Bréfritari: Jóhannes Halldórsson
Dagsetning: A-1876-06-08
Skrifað á: Vesturheimi

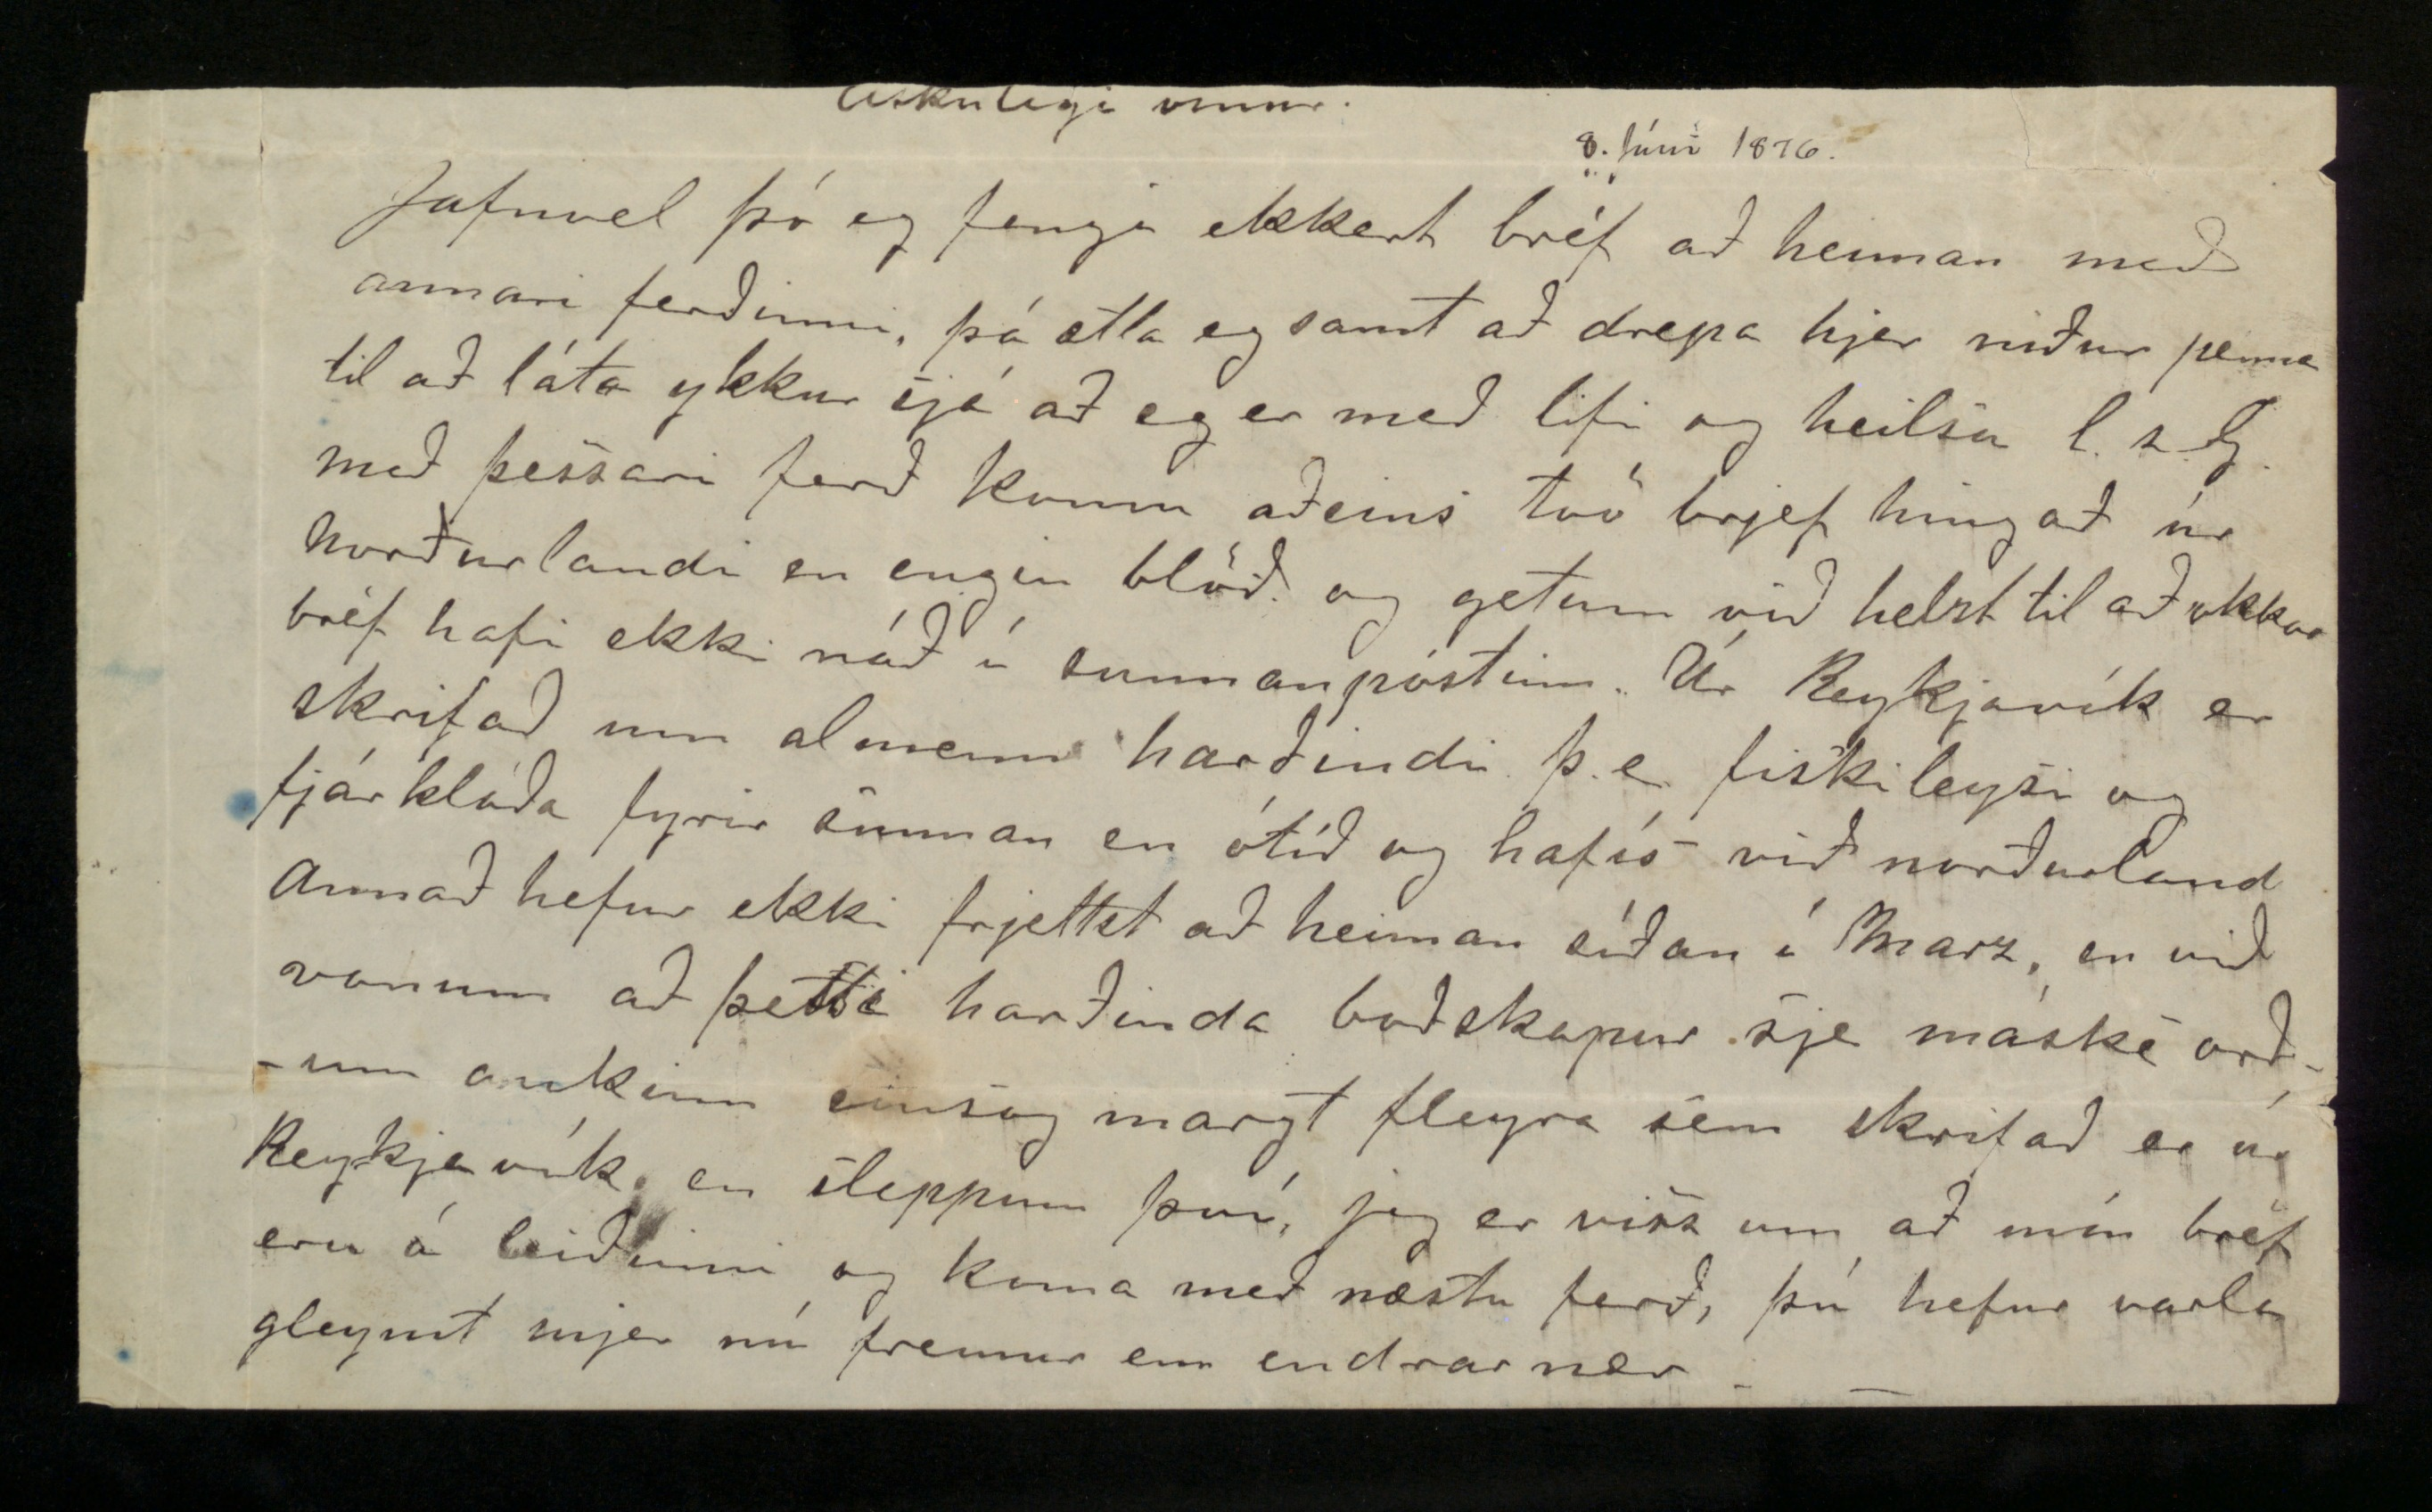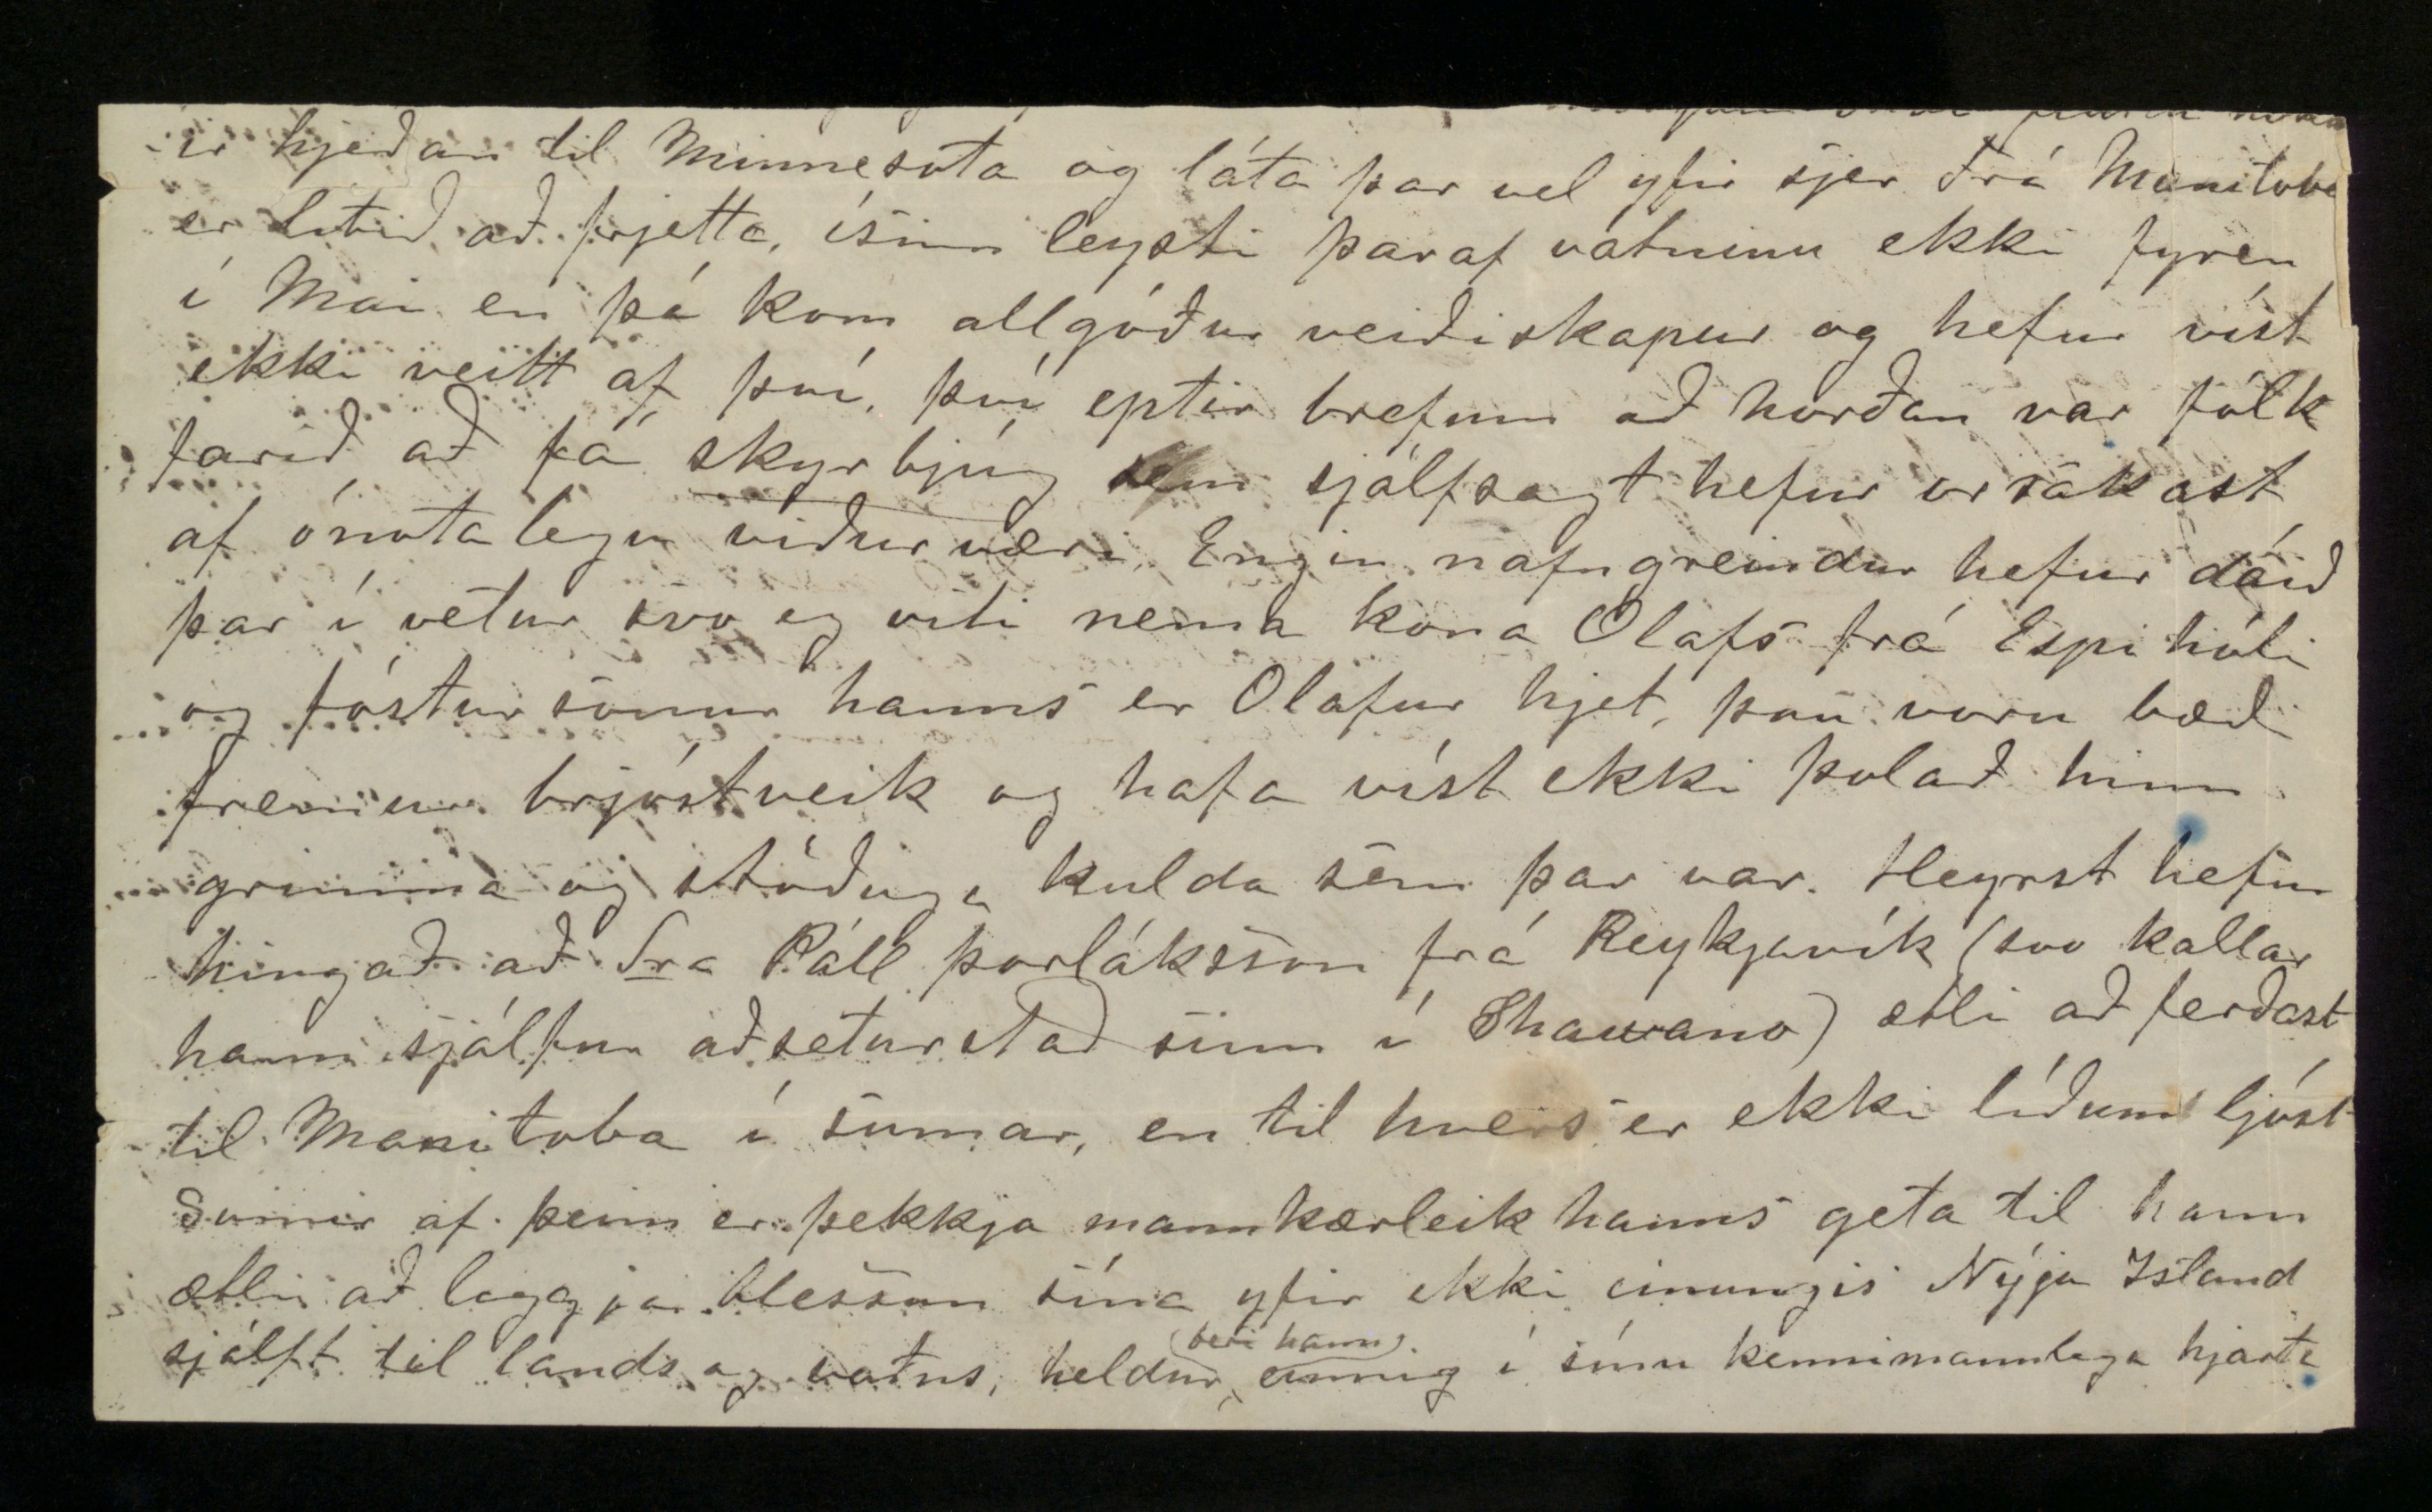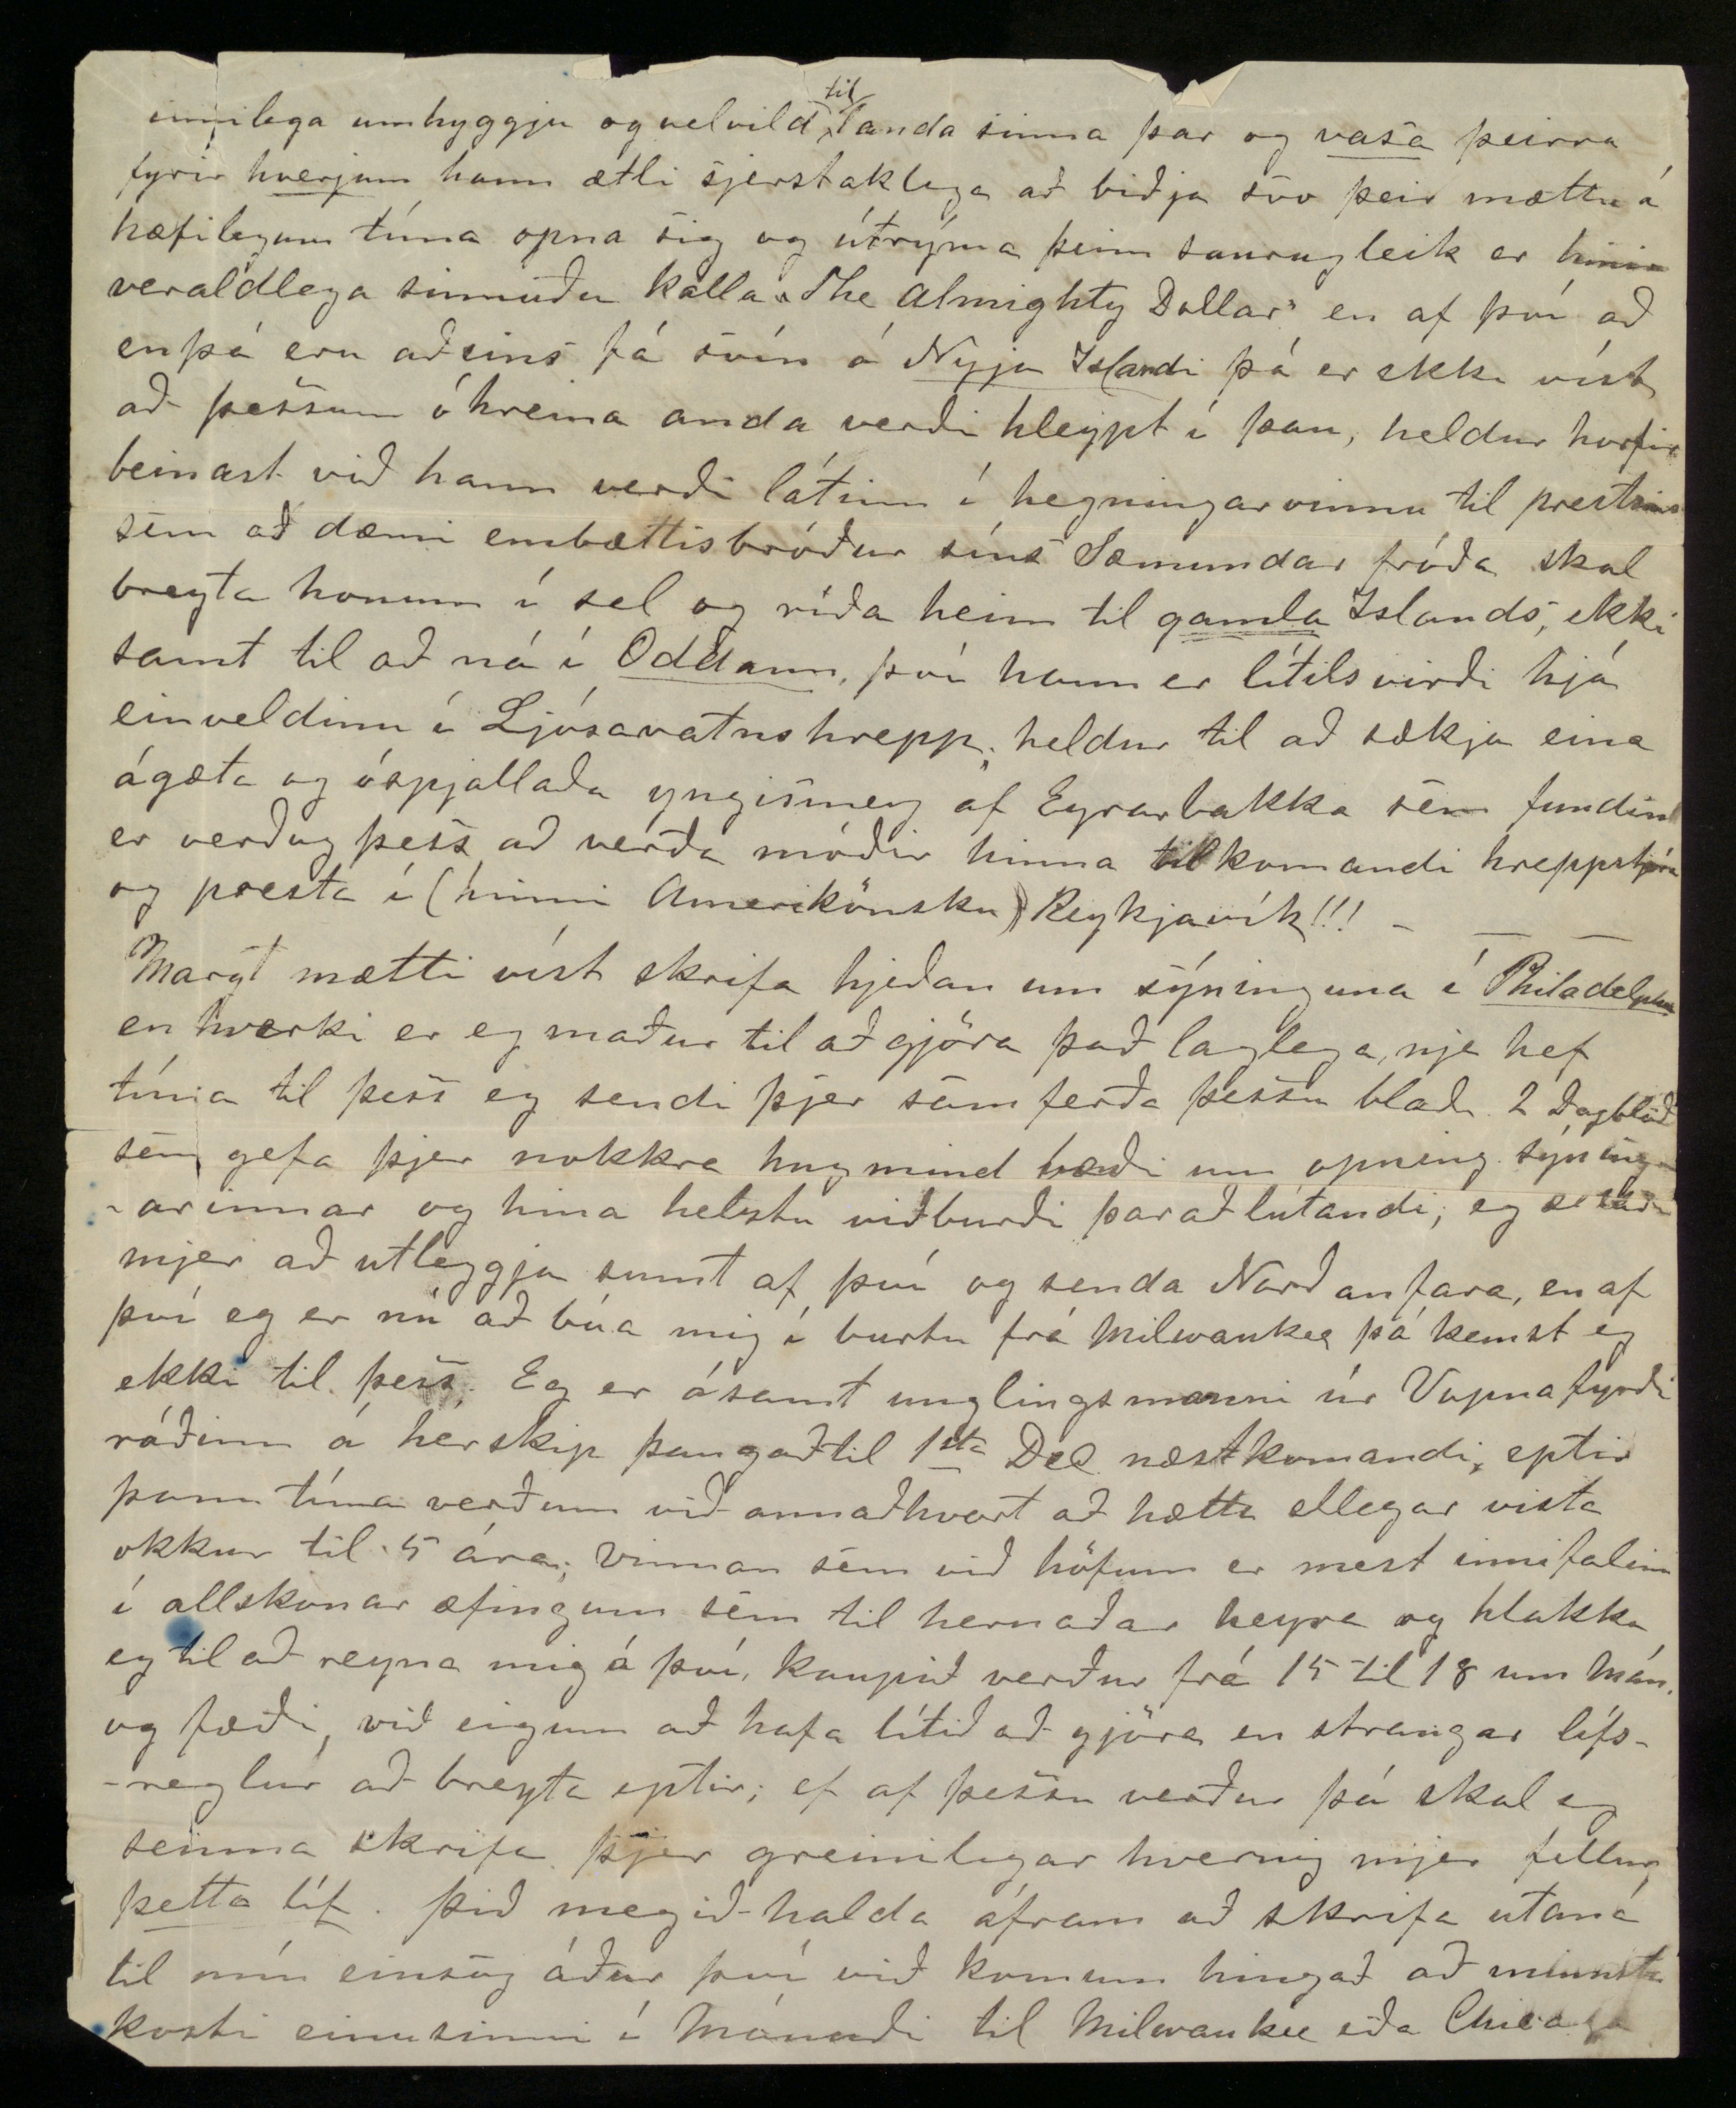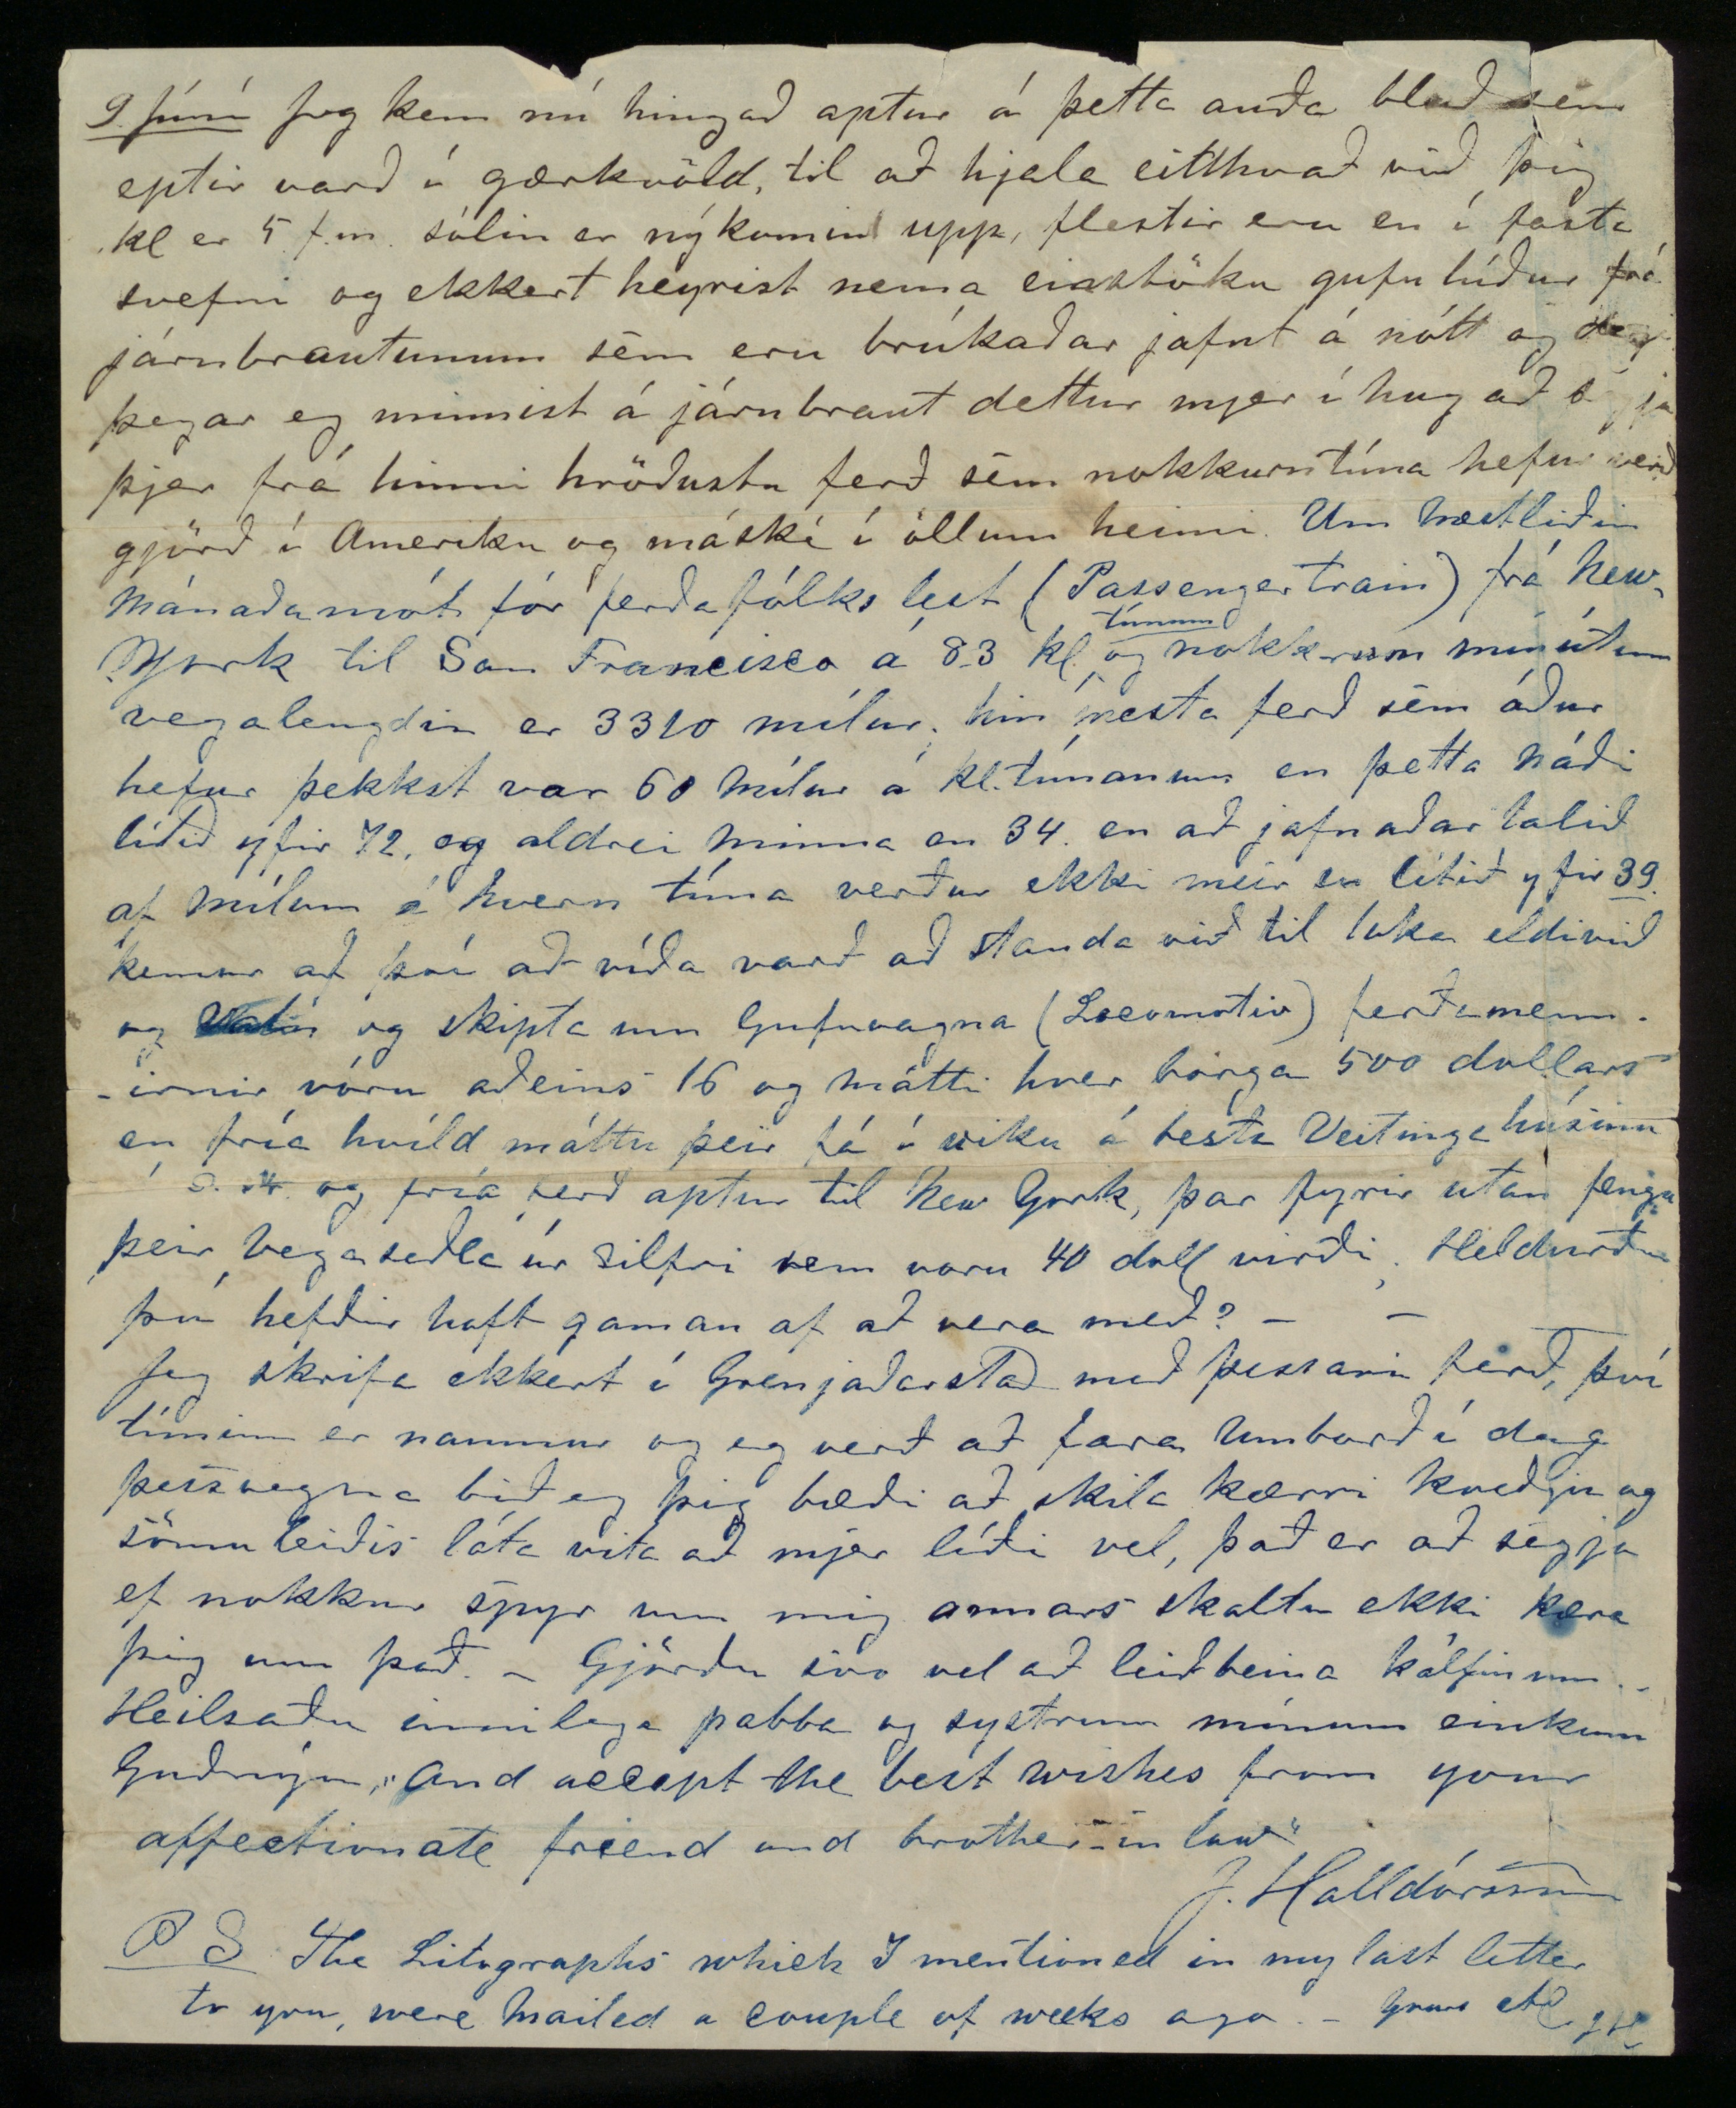

Elskulegi vinur.
Jafnvel þó eg fengi ekkert bréf að heiman með annari ferðinni, þá ætla eg samt að drepa hjer niður penna til að láta ykkur sjá að eg er með lífi og heilsu l.s.G. með þessari ferð komu aðeins tvö brjef hingað úr Norðurlandi en engin blöð og getum við helzt til að
okkar
bréf hafi ekki náð í sunnanpóstinn. Úr Reykjavík er skrifað um almenn harðindi þ.e. fiskileysi og fjárkláða fyrir sunnan en ótíð og hafís við norðurland. Annað hefur ekki frjettst að heiman síðan í Marz, en við vonum að þessi harðinda boðskapur sje máské orðum aukinn einsog margt fleyra sem skrifað er úr Reykjavík en sleppum því, jeg er viss um að mín bréf eru á leiðinni og koma með næstu ferð, þú hefur varla gleymt mjer nú fremur en endranær. -
- er hjeðan til Minnesota og láta þar vel yfir sjer Frá Manitoba er lítið að frjetta, ísinn leysti þar af vatninu ekki fyren í Mai en þá kom allgóður veiðiskapur og hefur víst ekki veitt af því, því eptir brefum að norðan var fólk farið að fá skyrbjúg sem sjálfsagt hefur orsakast af ónotalegu viðurværi. Engin nafngreindur hefur dáið þar í vetur svo eg viti nema kona Olafs frá Espihóli og fóstursonur hanns er Olafur hjet, þau voru bæði fremur brjósveik og hafa víst ekki þolað hinn grimma og stöðuga kulda sem þar var. Heyrst hefur hingað að Sra Páll Þorláksson frá Reykjavík (svo kallar hann sjálfur aðseturstað sinn í Shawana) ætli að ferðast til Manitoba í sumar, en til hvers er ekki líðum ljóst sumir af þeim er þekkja mannkærleik hanns geta til hann ætli að leggja blessun sína yfir ekki einungis Nýja Island sjálft til lands og vatns, heldur
beri hann
einnig í sínu kennimannlega hjarta
innilega umhyggju og velvild
til
landa sinna þar og
vasa
þeirra fyrir hverjum hann ætli sjerstaklega að biðja svo þeir mættu á hæfilegum tíma opna sig og útrýma þeim saurugleik er hinir veraldlega sinnuðu kalla „The Almighty Dollar" en af því að enþá eru aðeins fá svín á
Nyja Islandi
þá er ekki víst að þessum óhreina anda verði hleypt í þau, heldur horfir beinast við hann verði látinn í hegningarvinnu til prestsins sem að dæmir embættisbróður síns Sæmundar fróða skal breyta honum í sel og ríða heim til
gamla
Islands, ekki samt til að ná í
Oddann
því hann er lítilsvirði hjá einveldinu í Ljósavatnshrepp heldur til að sækja eina ágæta og óspjallaða yngismey af Eyrarbakka sem fundin er verðug þess að verða móðir hinna tilkomandi hreppstjóra og presta í (hinni Ameríkönsku) Reykjavík!!!
Margt mætti víst skrifa hjeðan um sýninguna í
Philadelphia
en hverki er eg maður til að gjöra það laglega nje hef tíma til þess eg sendi þjer samferða þessu blaði 2 Dagblöð sem gefa þjer nokka hugmind bæði um opning sýningarinnar og hinna helztu viðburði þar að lútandi, eg
ætla
mjer samt að utleggja sumt af því og senda Norðanfara, en af því eg er nú að búa mig í burtu frá Milwaukee þá kemst eg ekki til þess. Eg er ásamt unglingsmanni úr Vopnafyrði ráðinn á herskip þangað til 1
sta
Dec næstkomandi eptir þann tíma verðum við annaðhvort að hætta ellegar vista okkur til 5 ára; vinnan sem við höfum er mest innifalin í allskonar æfingum sem til hernaðar heyra og hlakka eg til að reyna mig á því, kaupið verður frá 15 til 18 um mán. og fæði, við eigum að hafa lítið að gjöra en strangar lífsreglur að breyta eptir; ef af þessu verður þá skal eg seinna skrifa þjer greinilegar hvernig mjer fellur þetta líf. þið megið halda áfram að skrifa utaná til mín einsog áður því við komum hingað að minnsta kosti einusinni í mánuði til Milwaukee eða Chicago
9. Júní
Jeg kem nú hingað aptur á þetta auða blað sem eptir varð í gærkvöld, til að hjala eitthvað við þig kl er 5 f.m. sólin er nýkomin upp, flestir eru en í fasta svefni og ekkert heyrist nema einstöku gufulúður frá járnbrautum sem eru brúkaðar jafnt á nótt og degi þegar eg minnist á járnbraut dettur mjer í hug að segja þjer frá hinni hröðustu ferð sem nokkurn tíma hefur verið gjörð í Ameríku og máské í öllum heimi. Um næstliðin mánaðamót fór ferðafólks lest (Passenger train) frá New York til San Francisco á 83 kl
tímum
og nokkrum mínútum vegalengdin er 3310 mílur, hin mesta ferð sem áður hefur þekkst var 50 mílur á kl.tímanum en þetta náði lítið yfir 72 og aldrei minna en 32 en að jafnaðar talið af mílum á hvern tíma verður ekki meir en lítið yfir
39
. kemur að því að víða varð að standa við til að loka eldivið og vatn og skipta um Gufuvagna (000000000) ferðamennirnir vóru aðeins 16 og mátti hver borga 500 dollars en fría hvíld máttu þeir fá í viku í besta Veitingahúsinu 0.0. og fría ferð aptur til New York, þar fyrir utan fengu þeir vegaseðla úr silfri sem voru 40 doll virði. Heldurðu þú hefðir haft gaman af að vera með?
Jeg skrifa ekkert í Grenjaðarstað með þessari ferð, því tíminn er naumur og eg verð að fara umborð í dag þessvegna bið eg þig bæði að skila kærri kveðju og sömuleiðis láta vita að mjer líði vel, það er að segja ef nokkur spyr um mig annars skaltu ekki kæra þig um það. Gjörðu svo vel að leiðbeina kálfinum. Heilsaðu innilega pabba og systrum mínum einkum Guðnýu „And accept the best wishes from your affectionate friend and brother-in law"
J. Halldórsson
P.S. The Litographs which I mentioned in my last letter to you were mailed a couple of weeks ago. Yours 000 JH